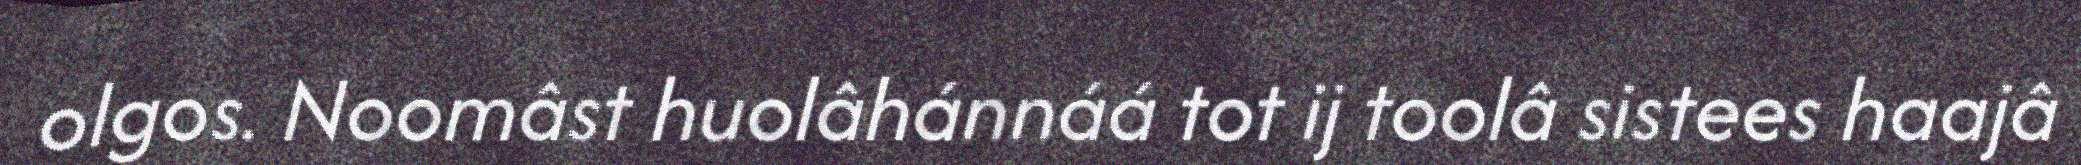
olgos. Noomâst huolâhánnáá tot ij toolâ sistees haajâ